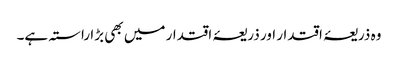
وہ ذریعۂ اقتدار اور ذریعۂ اقتدار میں بھی بڑا راستہ ہے۔